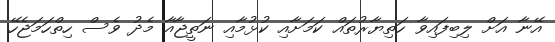
އޭނާ އަށް ލިބިފައިވާ ހަތިޔާރުތައް ކަމަށާއި ކުޅުމާއި ނަތީޖާއާ މެދު ވެސް ހިތްހަމަޖެހޭ